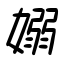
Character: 嫋